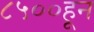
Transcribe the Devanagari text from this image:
८५००हून